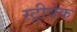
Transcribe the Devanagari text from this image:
स्ट्रीवेक